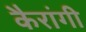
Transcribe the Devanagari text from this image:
कैरांगी